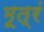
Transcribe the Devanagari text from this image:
मूत्रं